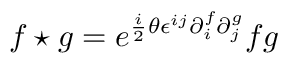
f \star g = e ^ { { \frac { i } { 2 } } \theta \epsilon ^ { i j } \partial _ { i } ^ { f } \partial _ { j } ^ { g } } f g